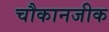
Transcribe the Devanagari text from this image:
चौकानजीक